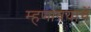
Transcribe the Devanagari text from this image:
म्हणावयाचें